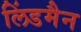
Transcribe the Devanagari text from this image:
लिंडमैन